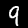
Label: 9